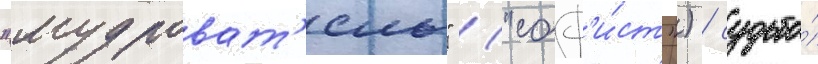
"мудроват'ель" ("соф'и́ст") / судьба́